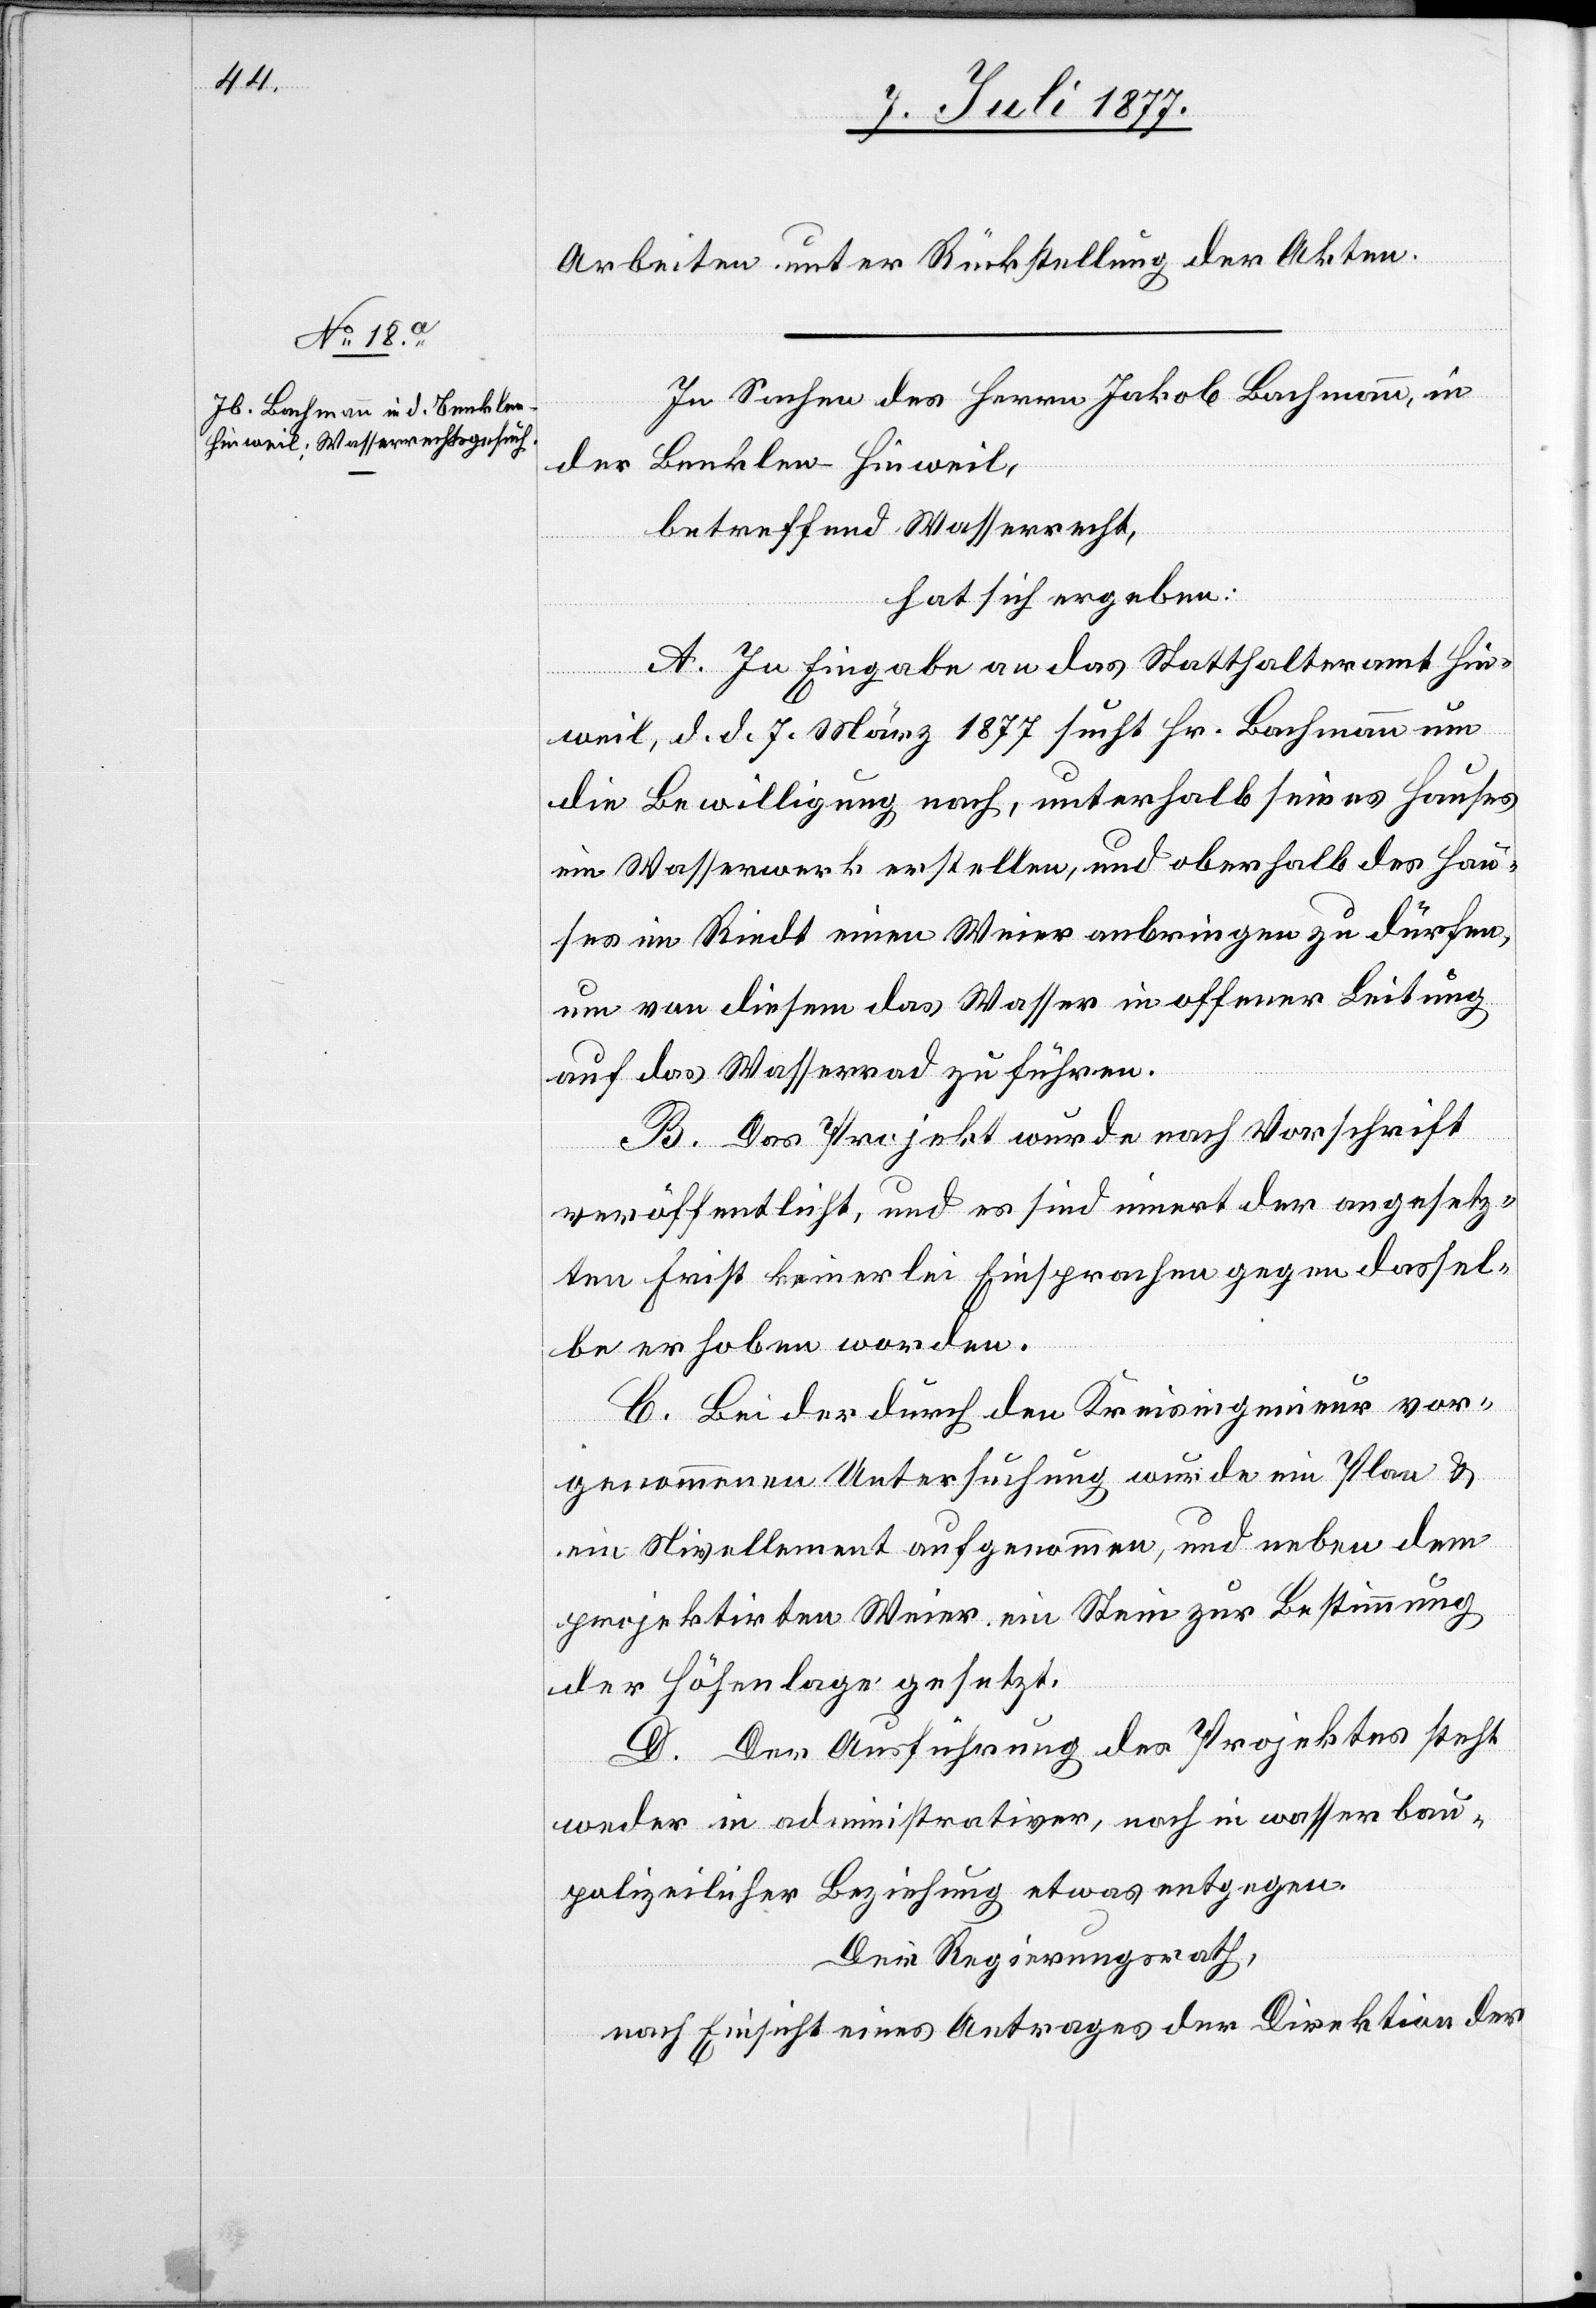
Arbeiten unter Rückstellung der Akten.
In Sachen des Herrn Jakob Bachmann, in
der Benklen - Hinweil,
betreffend Wasserrecht,
hat sich ergeben:
A. In Eingabe an das Statthalteramt Hin¬
weil, d. d. 7. März 1877 sucht Hr. Bachmann um
die Bewilligung nach, unterhalb seines Hauses
ein Wasserwerk erstellen, und oberhalb des Hau¬
ses im Riedt einen Weier anbringen zu dürfen,
um von diesem das Wasser in offener Leitung
auf das Wasserrad zu führen.
B. Das Projekt wurde nach Vorschrift
veröffentlicht, und es sind innert der angesetz¬
ten Frist keinerlei Einsprachen gegen dassel¬
be erhoben worden.
C. Bei der durch den Kreisingenieur vor¬
genommenen Untersuchung wurde ein Plan &
ein Nivellement aufgenommen, und neben dem
projektirten Weier ein Stein zur Bestimmung
der Höhenlage gesetzt.
D. Der Ausführung des Projektes steht
weder in administrativer, noch in wasserbau¬
polizeilicher Beziehung etwas entgegen.
Der Regierungsrath,
nach Einsicht eines Antrages der Direktion der